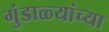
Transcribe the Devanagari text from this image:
गुंडाळ्यांच्या